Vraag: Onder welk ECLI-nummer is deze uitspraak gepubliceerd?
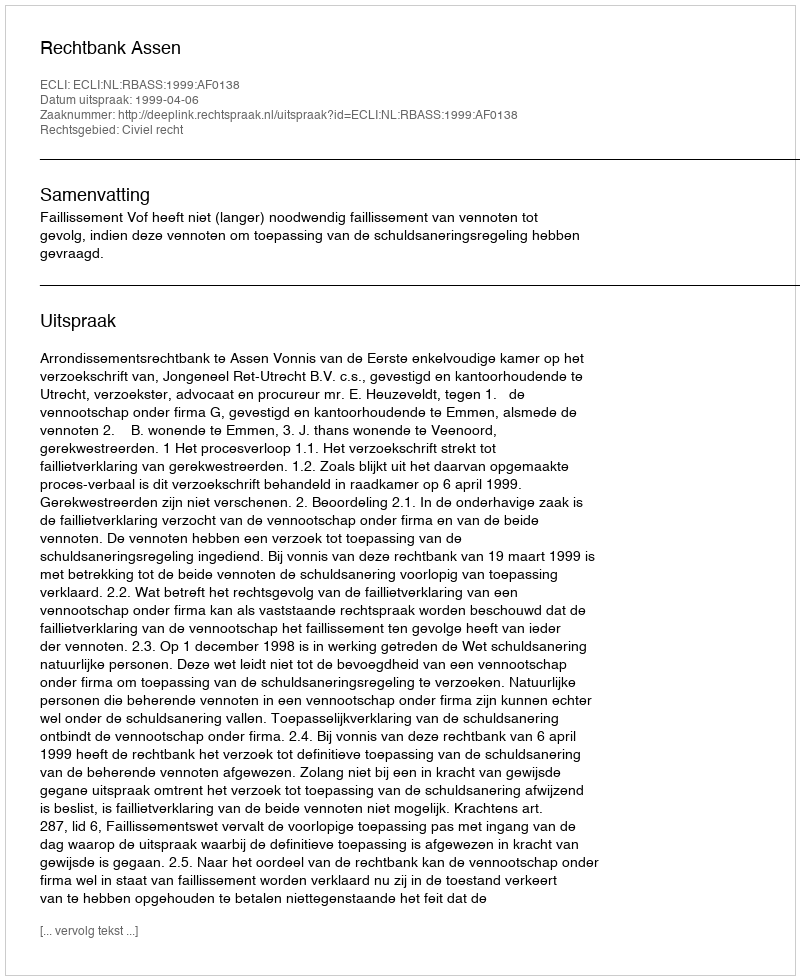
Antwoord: ECLI:NL:RBASS:1999:AF0138